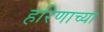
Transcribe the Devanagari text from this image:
हरिणाच्या